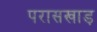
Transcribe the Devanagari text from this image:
परासखाड़